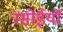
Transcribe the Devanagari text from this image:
रसोईयों